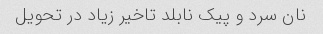
نان سرد و پیک نابلد تاخیر زیاد در تحویل